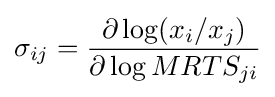
\sigma _{ij}={\frac {\partial \log(x_{i}/x_{j})}{\partial \log MRTS_{ji}}}